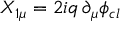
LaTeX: X _ { 1 \mu } = 2 i q \, \partial _ { \mu } \phi _ { c l } \,